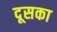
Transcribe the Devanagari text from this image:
दूसका